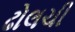
ઢોલચી